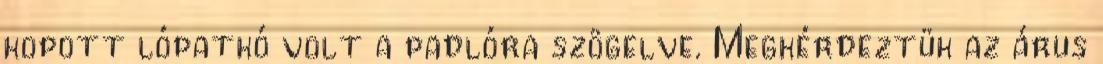
kopott lópatkó volt a padlóra szögelve. Megkérdeztük az árus